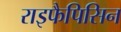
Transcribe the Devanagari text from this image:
राइफैपिसिन